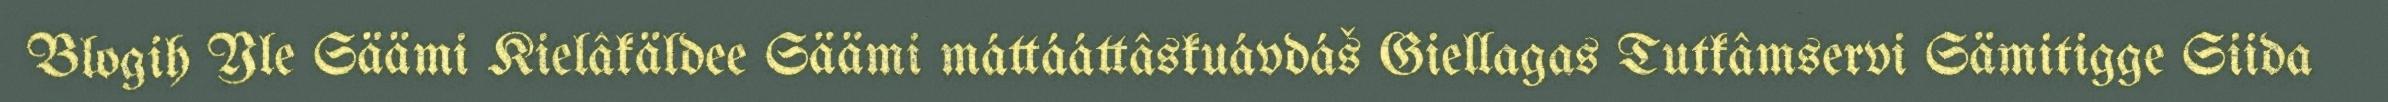
Blogih Yle Säämi Kielâkäldee Säämi máttááttâskuávdáš Giellagas Tutkâmservi Sämitigge Siida